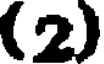
(2)